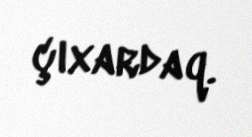
çıxardaq.